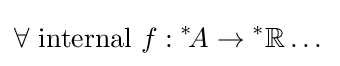
\forall {\text{ internal }}f:{^{*}\!A}\rightarrow {^{*}\mathbb {R} }\dots